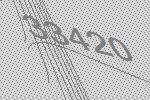
33420